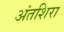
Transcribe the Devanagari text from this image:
अंतशिरा